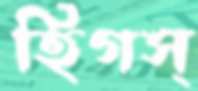
হিগস্